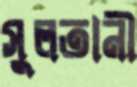
সুলতানী